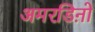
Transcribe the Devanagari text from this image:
अमरडिऩो